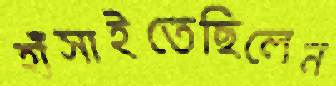
হাঁসাইতেছিলেন